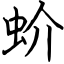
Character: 蚧